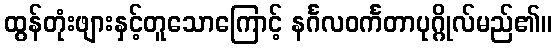
ထွန်တုံးဖျားနှင့်တူသောကြောင့် နင်္ဂလဝင်္ကတာပုဂ္ဂိုလ်မည်၏။